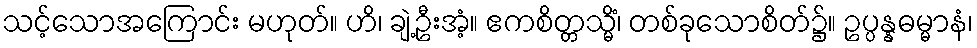
သင့်သောအကြောင်း မဟုတ်။ ဟိ၊ ချဲ့ဦးအံ့။ ဧကစိတ္တသ္မိံ၊ တစ်ခုသောစိတ်၌။ ဥပ္ပန္နဓမ္မာနံ၊